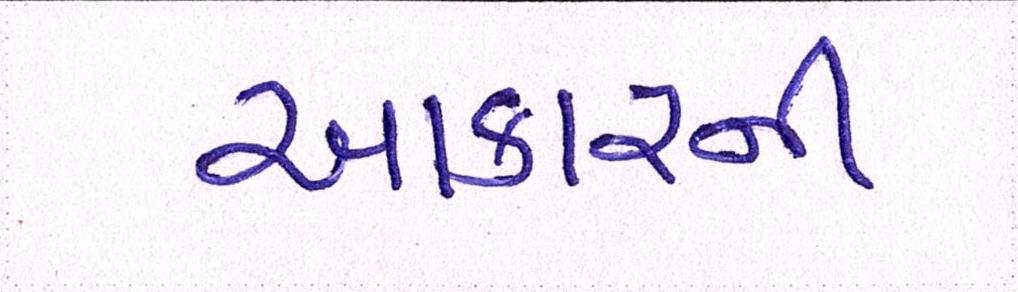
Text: આકારની